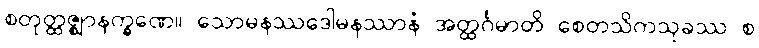
စတုတ္ထဇ္ဈာနက္ခဏေ။ သောမနဿဒေါမနဿာနံ အတ္ထင်္ဂမာတိ စေတသိကသုခဿ စ